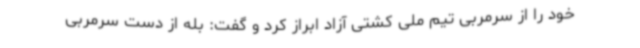
خود را از سرمربی تیم ملی کشتی آزاد ابراز کرد و گفت: بله از دست سرمربی